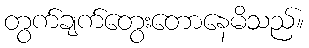
တွက်ချက်တွေးတောနေမိသည်။